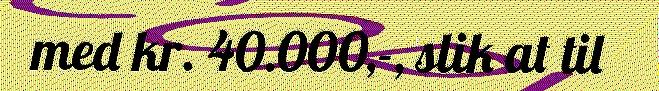
med kr. 40.000,-, slik at til